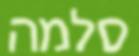
סלמה